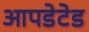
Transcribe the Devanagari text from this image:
आपडेटेड